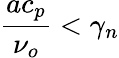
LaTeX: \frac{ac_{p}}{\nu_{o}}<\gamma_{n}